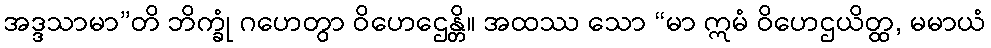
အဒ္ဒသာမာ”တိ ဘိက္ခုံ ဂဟေတွာ ဝိဟေဌေန္တိ။ အထဿ သော “မာ ဣမံ ဝိဟေဌယိတ္ထ, မမာယံ